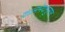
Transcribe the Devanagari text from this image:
कालभेदानुसार